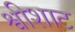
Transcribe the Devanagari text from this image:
श्वीशाट